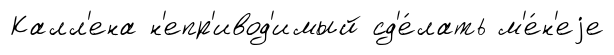
Калл'ена н'епр'ивод'имый сд'е́лать м'е́н'еjе